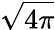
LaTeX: \sqrt{4\pi}